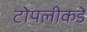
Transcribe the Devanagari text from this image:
टोपलीकडे